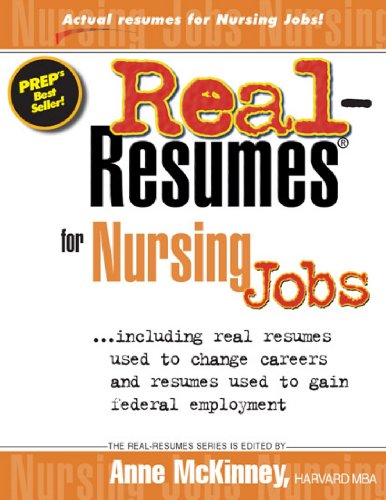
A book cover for Real-Resumes for Nursing Jobs; Anne McKinney; Reference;